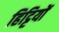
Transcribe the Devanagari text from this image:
हिट्टियों